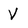
Character: V